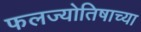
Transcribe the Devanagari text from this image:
फलज्योतिषाच्या